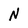
Character: N